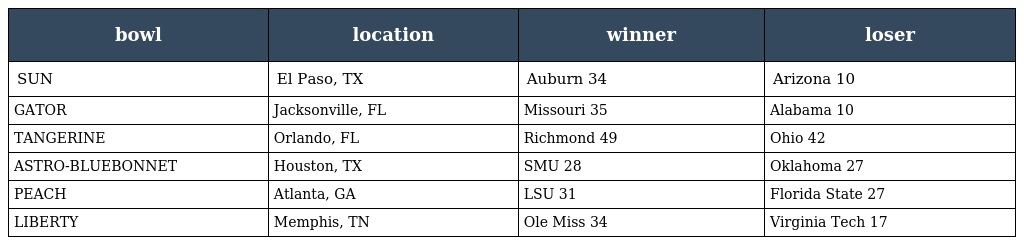
| bowl | location | winner | loser |
 | --- | --- | --- | --- |
 | SUN | El Paso, TX | Auburn 34 | Arizona 10 |
 | GATOR | Jacksonville, FL | Missouri 35 | Alabama 10 |
 | TANGERINE | Orlando, FL | Richmond 49 | Ohio 42 |
 | ASTRO-BLUEBONNET | Houston, TX | SMU 28 | Oklahoma 27 |
 | PEACH | Atlanta, GA | LSU 31 | Florida State 27 |
 | LIBERTY | Memphis, TN | Ole Miss 34 | Virginia Tech 17 |